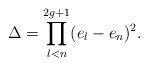
LaTeX: \begin{align*}\Delta=\prod_{l<n}^{2g+1}(e_l-e_n)^2.\end{align*}